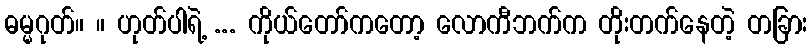
ဓမ္မဂုတ်။ ။ ဟုတ်ပါရဲ့ ... ကိုယ်တော်ကတော့ လောကီဘက်က တိုးတက်နေတဲ့ တခြား